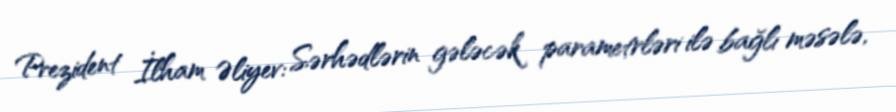
Prezident İlham Əliyev: Sərhədlərin gələcək parametrləri ilə bağlı məsələ,